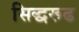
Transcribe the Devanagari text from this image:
सिद्धरूढ